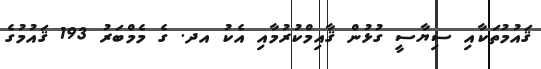
ޤައުމުތަކާއި ސިޔާސީ ގުޅުން ޤާއިމްކުރުމާއި އެކު އދ. ގެ މެމްބަރު 193 ޤައުމުގެ